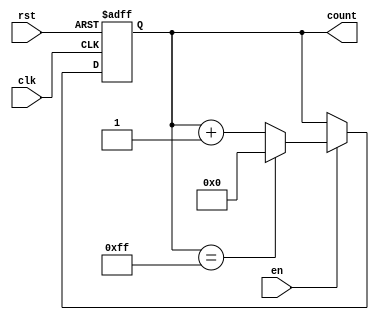
module incremental_counter (
    input wire clk,         // Clock input
    input wire rst,         // Asynchronous reset
    input wire en,          // Enable signal
    output reg [7:0] count  // Counter value (8-bit wide)
);

    // Initial value of the counter
    parameter INITIAL_VALUE = 8'b0;
    parameter MAX_COUNT = 8'hFF; // Max count value for 8-bit counter

    // Asynchronous reset and count increment logic
    always @(posedge clk or posedge rst) begin
        if (rst) begin
            count <= INITIAL_VALUE; // Reset counter to initial value
        end else if (en) begin
            // Increment the counter and wrap around at max count
            if (count == MAX_COUNT) begin
                count <= 8'b0; // Wrap around
            end else begin
                count <= count + 1; // Increment counter
            end
        end
        // If neither reset nor enable are active, retain the current value
    end

endmodule